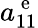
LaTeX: a_{11}^{\mathrm{~e~}}